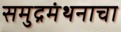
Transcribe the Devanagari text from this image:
समुद्रमंथनाचा